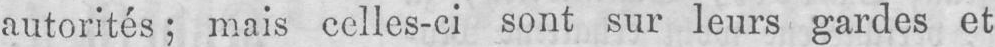
autorités; mais celles-ci sont sur leurs gardes et